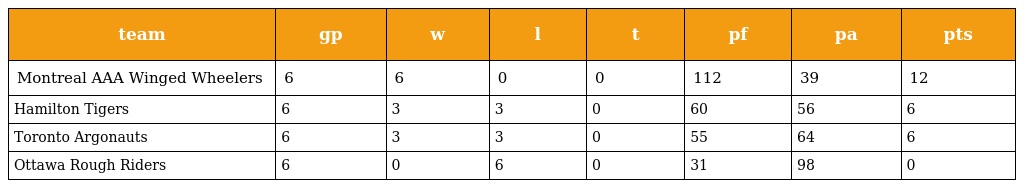
| team | gp | w | l | t | pf | pa | pts |
 | --- | --- | --- | --- | --- | --- | --- | --- |
 | Montreal AAA Winged Wheelers | 6 | 6 | 0 | 0 | 112 | 39 | 12 |
 | Hamilton Tigers | 6 | 3 | 3 | 0 | 60 | 56 | 6 |
 | Toronto Argonauts | 6 | 3 | 3 | 0 | 55 | 64 | 6 |
 | Ottawa Rough Riders | 6 | 0 | 6 | 0 | 31 | 98 | 0 |